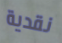
نقدية